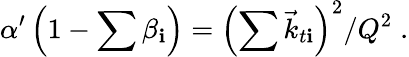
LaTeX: \alpha^{\prime}\left(1-\sum\beta_{\mathbf{i}}\right)=\left(\sum\vec{{k}}_{t\mathbf{i}}\right)^{2}/Q^{2}\; .